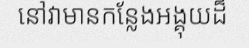
នៅវាមានកន្លែងអង្គុយដ៏